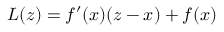
L ( z ) = f ^ { \prime } ( x ) ( z - x ) + f ( x )